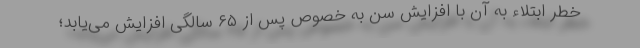
خطر ابتلاء به آن با افزایش سن به خصوص پس از ۶۵ سالگی افزایش می‌یابد؛